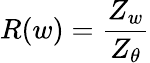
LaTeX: R(w)=\frac{Z_{w}}{Z_{\theta}}